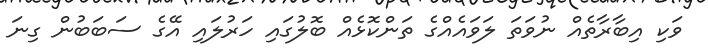
ވަކި އިބާރާތެއް ނުވަތަ ލަވައެއްގެ ތަންކޮޅެއް ބޮލުގައި ހަރުލައި އޭގެ ސަބަބުން ގިނަ